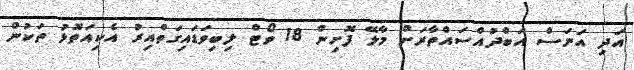
އަދި އަނަސް އަބްދުއްސައްތާރަށް މާލޭ ފޮށިން 18 ވޯޓް ލިބިވަޑައިގަތްއިރު އެކިއަތޮޅު ތަކުން